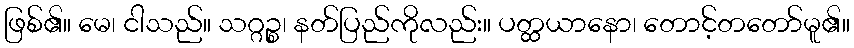
ဖြစ်၏။ မေ၊ ငါသည်။ သဂ္ဂဉ္စ၊ နတ်ပြည်ကိုလည်း။ ပတ္ထယာနော၊ တောင့်တတော်မူ၏။